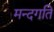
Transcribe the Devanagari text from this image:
मन्दगति